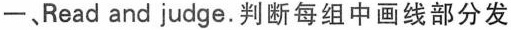
-、Read and judge.判断每组中画线部分发